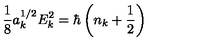
\frac { 1 } { 8 } a _ { k } ^ { 1 / 2 } E _ { k } ^ { 2 } = \hbar \left( n _ { k } + \frac { 1 } { 2 } \right)